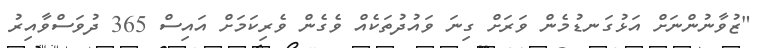
"ޒުވާނުންނަށް އަޅުގަނޑުމެން ވަރަށް ގިނަ ވައުދުތަކެއް ވެގެން ވެރިކަމަށް އައިސް 365 ދުވަސްވާއިރު